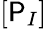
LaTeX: [\mathsf{P}_{I}]